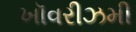
ખૉવરીઝમી